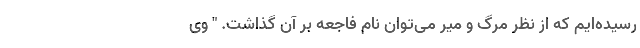
رسیده‌ایم که از نظر مرگ و میر می‌توان نام فاجعه بر آن گذاشت. " وی